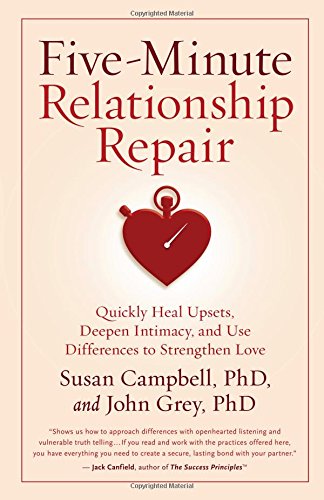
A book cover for Five-Minute Relationship Repair: Quickly Heal Upsets, Deepen Intimacy, and Use Differences to Strengthen Love; Ph.D. Susan Campbell; Parenting & Relationships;